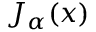
J _ { \alpha } ( x )